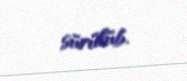
sürülüb.